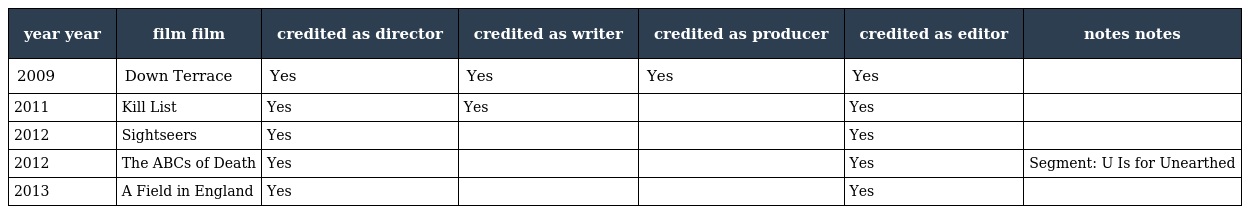
| year year | film film | credited as director | credited as writer | credited as producer | credited as editor | notes notes |
 | --- | --- | --- | --- | --- | --- | --- |
 | 2009 | Down Terrace | Yes | Yes | Yes | Yes |  |
 | 2011 | Kill List | Yes | Yes |  | Yes |  |
 | 2012 | Sightseers | Yes |  |  | Yes |  |
 | 2012 | The ABCs of Death | Yes |  |  | Yes | Segment: U Is for Unearthed |
 | 2013 | A Field in England | Yes |  |  | Yes |  |